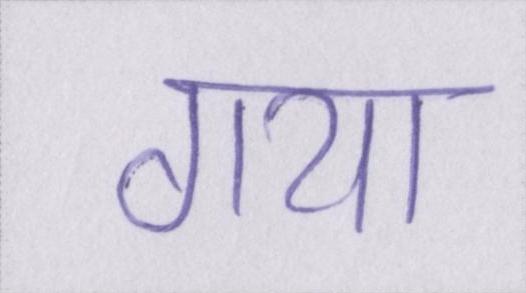
गया